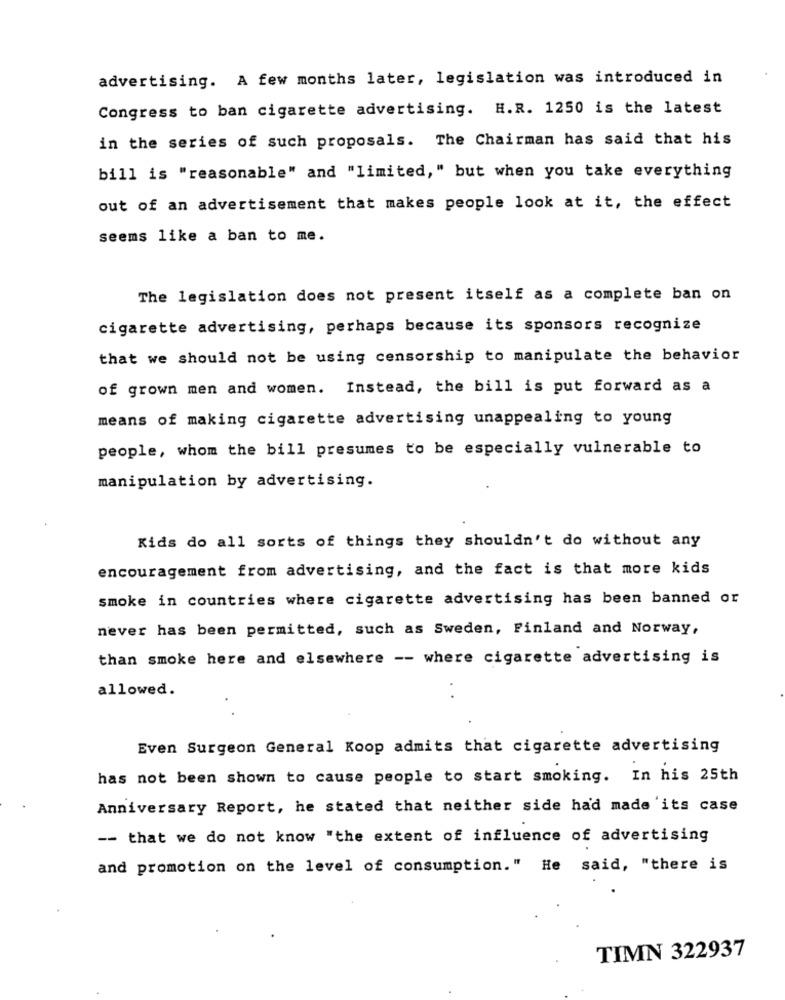
advertising. A few months later, legislation was introduced in
Congress to ban cigarette advertising. H.R. 1250 is the latest
in the series of such proposals. The Chairman has said that his
bill is "reasonable" and "limited," but when you take everything
out of an advertisement that makes people look at it, the effect
seems like a ban to me.
The legislation does not present itself as a complete ban on
cigarette advertising, perhaps because its sponsors recognize
that we should not be using censorship to manipulate the behavior
of grown men and women. Instead, the bill is put forward as a
means of making cigarette advertising unappealing to young
people, whom the bill presumes to be especially vulnerable to
manipulation by advertising.
Kids do all sorts of things they shouldn't do without any
encouragement from advertising, and the fact is that more kids
smoke in countries where cigarette advertising has been banned or
never has been permitted, such as Sweden, Finland and Norway,
than smoke here and elsewhere -- where cigarette advertising is
allowed.
Even Surgeon General Koop admits that cigarette advertising
has not been shown to cause people to start smoking. In his 25th
Anniversary Report, he stated that neither side had made its case
-- that we do not know "the extent of influence of advertising
and promotion on the level of consumption." He said, "there is
TIMN 322937